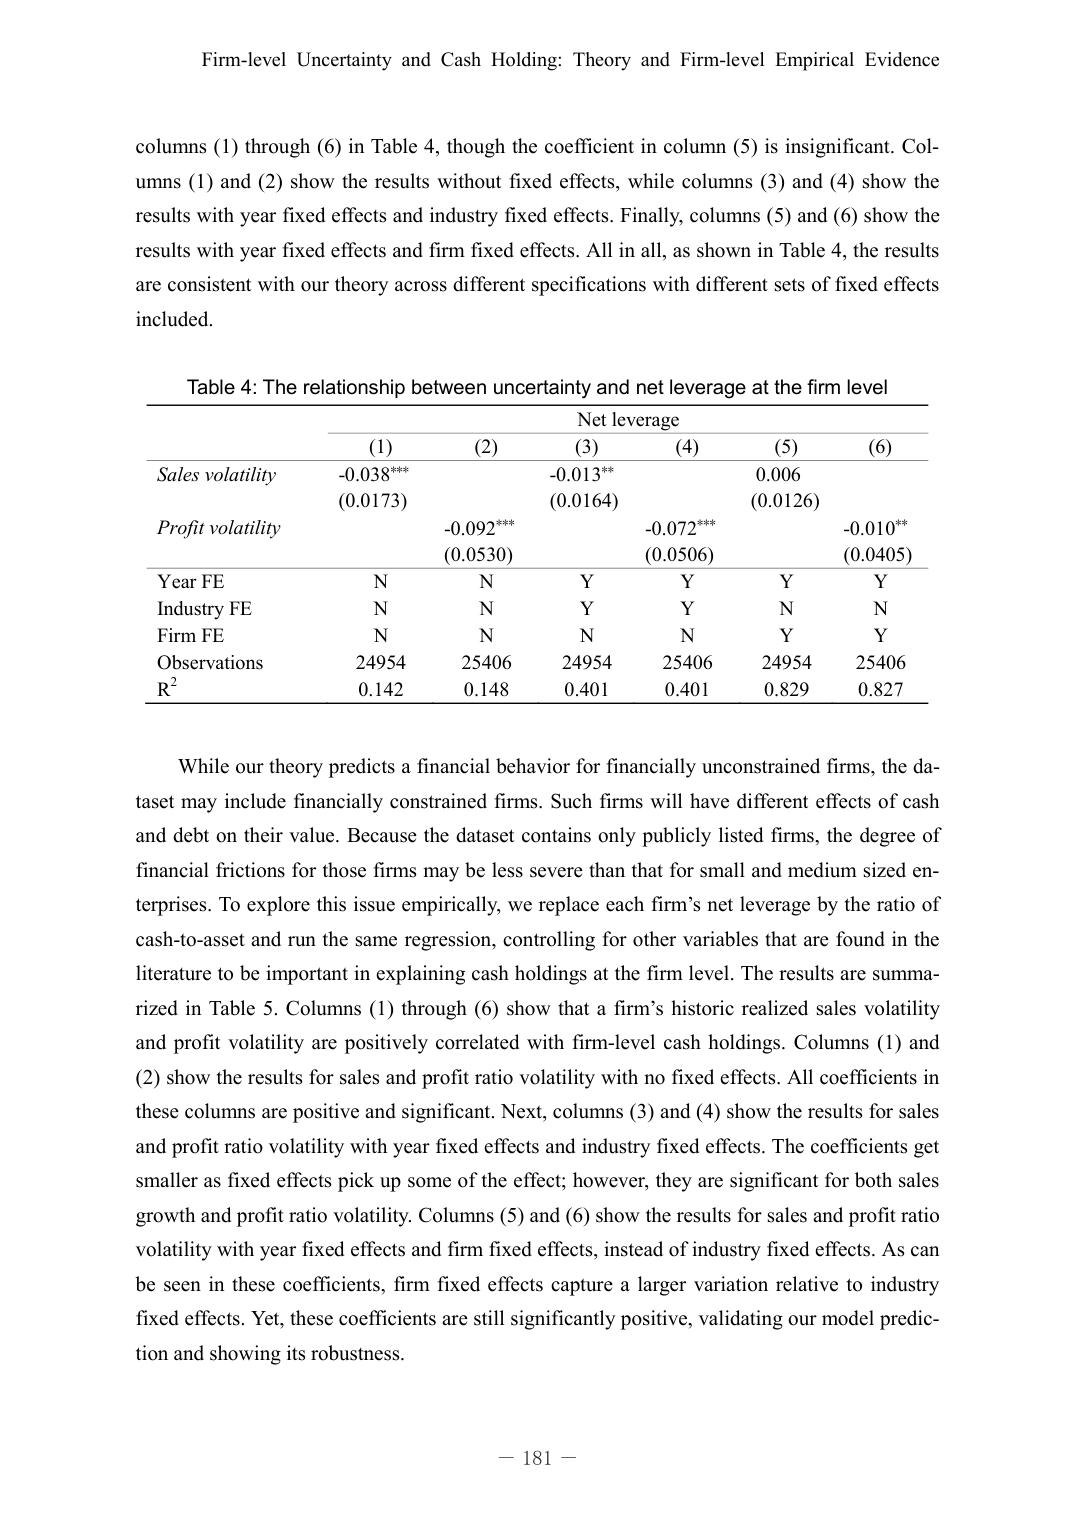
Firm-level Uncertainty and Cash Holding: Theory and Firm-level Empirical Evidence

columns (1) through (6) in Table 4, though the coefficient in column (5) is insignificant. Columns (1) and (2) show the results without fixed effects, while columns (3) and (4) show the results with year fixed effects and industry fixed effects. Finally, columns (5) and (6) show the results with year fixed effects and firm fixed effects. All in all, as shown in Table 4, the results are consistent with our theory across different specifications with different sets of fixed effects included.

Table 4: The relationship between uncertainty and net leverage at the firm level

Net leverage
(1)       (2)       (3)       (4)       (5)       (6)
Sales volatility    -0.038***   -0.013**    0.006
                    (0.0173)    (0.0164)    (0.0126)
Profit volatility   -0.092***   -0.072***   -0.010**
                    (0.0530)    (0.0506)    (0.0405)
Year FE             N           N           Y           Y           Y           Y
Industry FE         N           N           Y           Y           N           N
Firm FE             N           N           N           N           Y           Y
Observations        24954       25406       24954       25406       24954       25406
R²                  0.142       0.148       0.401       0.401       0.829       0.827

While our theory predicts a financial behavior for financially unconstrained firms, the dataset may include financially constrained firms. Such firms will have different effects of cash and debt on their value. Because the dataset contains only publicly listed firms, the degree of financial frictions for those firms may be less severe than that for small and medium sized enterprises. To explore this issue empirically, we replace each firm’s net leverage by the ratio of cash-to-asset and run the same regression, controlling for other variables that are found in the literature to be important in explaining cash holdings at the firm level. The results are summarized in Table 5. Columns (1) through (6) show that a firm’s historic realized sales volatility and profit volatility are positively correlated with firm-level cash holdings. Columns (1) and (2) show the results for sales and profit ratio volatility with no fixed effects. All coefficients in these columns are positive and significant. Next, columns (3) and (4) show the results for sales and profit ratio volatility with year fixed effects and industry fixed effects. The coefficients get smaller as fixed effects pick up some of the effect; however, they are significant for both sales growth and profit ratio volatility. Columns (5) and (6) show the results for sales and profit ratio volatility with year fixed effects and firm fixed effects, instead of industry fixed effects. As can be seen in these coefficients, firm fixed effects capture a larger variation relative to industry fixed effects. Yet, these coefficients are still significantly positive, validating our model prediction and showing its robustness.

— 181 —